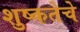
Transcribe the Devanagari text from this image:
शुष्कतेचे